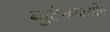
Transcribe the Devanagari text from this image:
ब्युटेनडायोन